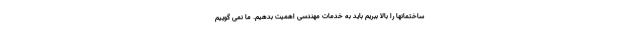
ساختمانها را بالا ببریم باید به خدمات مهندسی اهمیت بدهیم. ما نمی گوییم